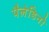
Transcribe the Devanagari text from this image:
पैलेडिनो